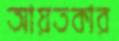
আয়তকার